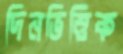
দিনভিত্তিক